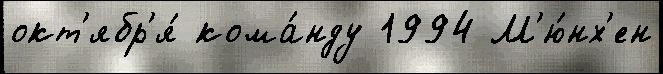
окт'ябр'я́ кома́нду 1994 М'ю́нх'ен